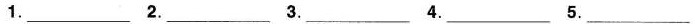
1.___ 2.___ 3.___ 4.___ 5.___